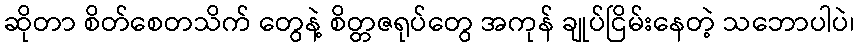
ဆိုတာ စိတ်စေတသိက် တွေနဲ့ စိတ္တဇရုပ်တွေ အကုန် ချုပ်ငြိမ်းနေတဲ့ သဘောပါပဲ၊